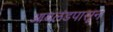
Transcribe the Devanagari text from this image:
आयलंडपासून